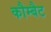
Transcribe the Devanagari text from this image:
कौम्बैट